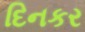
દિનકર